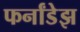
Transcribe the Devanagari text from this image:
फर्नांडेझ